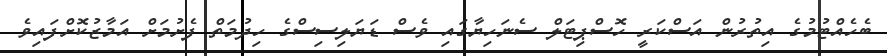
ބެހެއްޓުމުގެ އިތުރުން އަސްކަރީ ހޮސްޕިޓަލް ސެނަހިޔާގައި ވެސް ޑަޔަލިސިސްގެ ހިދުމަތް ފެށުމަށް އަމާޒުކޮށްފައިވެ